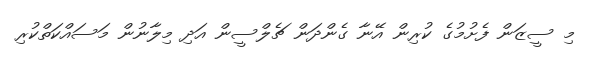
މި ސީޒަން ފެށުމުގެ ކުރިން އޭނާ ގެންދަން ޗެލްސީން އަދި މިލާނުން މަސައްކަތްކުރި